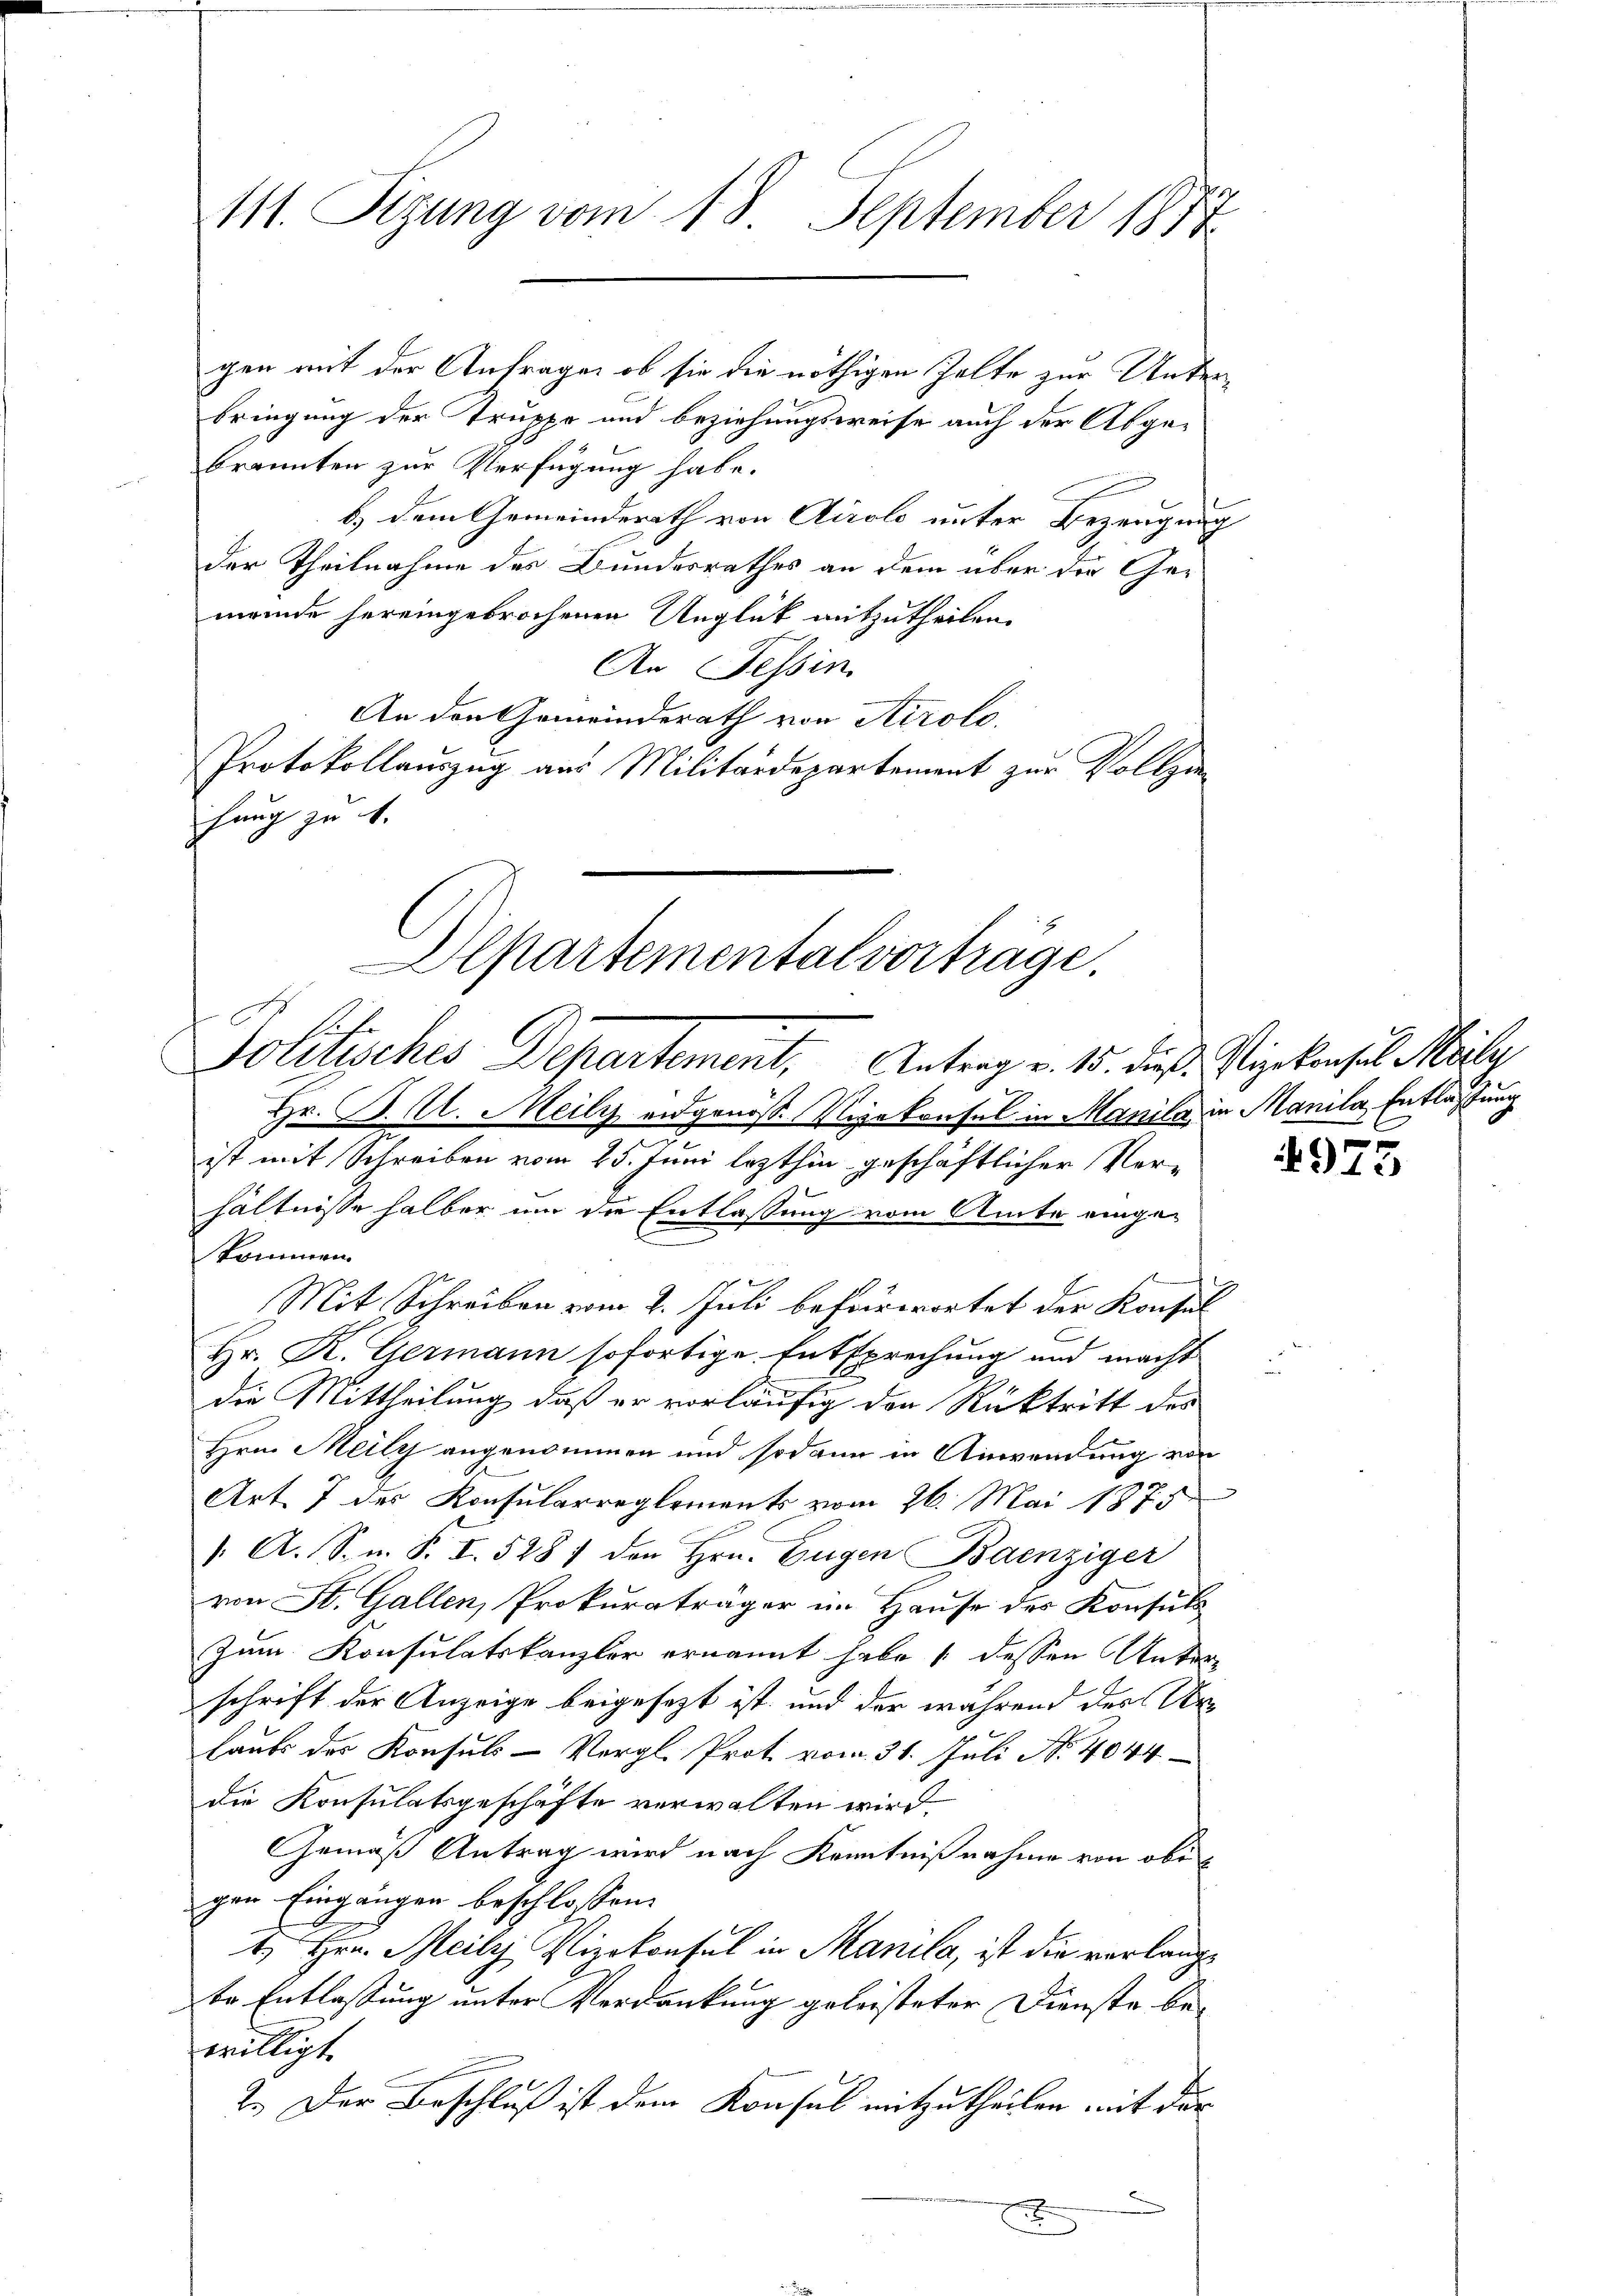
111. Sizung vom 18. September 1877

gen mit der Anfrage, ob sie die nöthigen Zelte zur Unterbringung der Truppe und Beziehungsweise auch der Abgebrannten zur Verfügung habe.
b.) dem Gemeinderath von Airolo unter Bezeugung
der Theilnahme des Bundesrathes an dem über der Gemeinde hereingebrochenen Unglück mitzutheilen.
An Tessin
An den Gemeinderath von Airolo,
Protokollauszug aus Militärdepartement zur Vollzi
hung zu 1.
Alpartementalvorträge.

E
Str
Solisches Departement. Antrag v. 15. dieß, Vizekonsul Maly
Hr. P. M. Meili eidgenöss. Vizekonsul in Manila in Manila, Entlaßung

hältnisse halber um die Entlassung vom Amte eingekkommen.
Mit Schreiben vom 2. Juli befürwortet der Konsul
Hr. K. Germann sofortige Entsprechung und macht
die Mittheilung, daß er vorläufig der Rücktritt des
Hrn. Meily angenommen und sodann in Anwendung von
Art. 7 des Konsularreglements vom 26. Mai 1875
". A. S. n. F. I. 528 / den Hrn. Eugen Bainziger
von St. Gallen, Prokuraträger im Hause des Konsuls
Zum Konsulatskanzler ernannt habe dessen Unter
schrift der Anzeige beigesezt ist, und der während des Urlauts der Konsuls-Vergl. Prot. vom 31. Juli No 4044
die Konsulatsgeschäfte verwalten wird.
Gemäß Antrag wird nach Kenntnißnahme von obigen Eingängen beschlossen:
t Hrn. Meili, Vizekonsul in Manila, ist die verlangte Entlassung unter Verdankung geleisteter Dienste bewilligt.
2. Der Beschluß ist dem Konsul mitzutheilen mit der
u
x
E

f
ist mit Schreiben vom 25. Juni lezthin geschäftlicher Ver-

4975